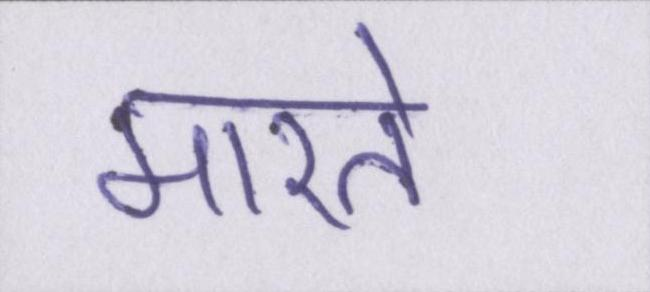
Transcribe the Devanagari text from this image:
मारते